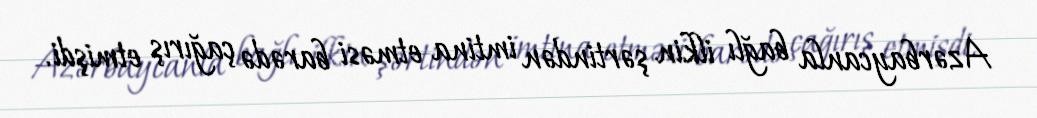
Azərbaycanla bağlı ilkin şərtindən imtina etməsi barədə çağırış etmişdi.